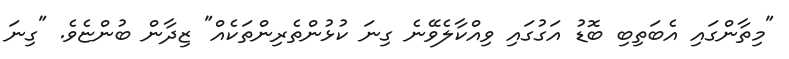
"މިތާންގައި އެބަތިބި ބޮޑު އަގުގައި ވިއްކާލެވޭނެ ގިނަ ކުޅުންތެރިންތަކެއް" ޒިދާން ބުންޏެވެ. "ގިނަ